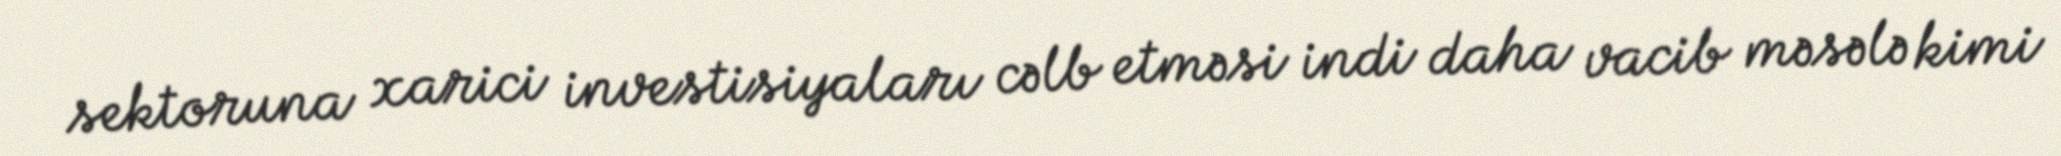
sektoruna xarici investisiyaları cəlb etməsi indi daha vacib məsələ kimi